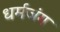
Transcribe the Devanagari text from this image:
धर्मजंग